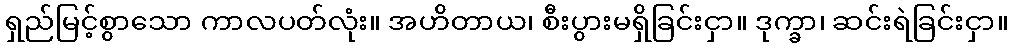
ရှည်မြင့်စွာသော ကာလပတ်လုံး။ အဟိတာယ၊ စီးပွားမရှိခြင်းငှာ။ ဒုက္ခာ၊ ဆင်းရဲခြင်းငှာ။